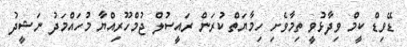
ޑޭވިޑް ކީމް ވިދާޅުވީ ތިމާވެށި ހިމާޔަތް ކުރަން ރައީސުލް ޖުމްހޫރިއްޔާ މުހައްމަދު ނަޝީދު